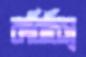
করিচিস্